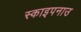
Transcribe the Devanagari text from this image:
स्काइपनाउ